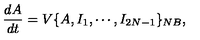
\frac { d A } { d t } = V \{ A , I _ { 1 } , \cdots , I _ { 2 N - 1 } \} _ { { \footnotesize N B } } ,